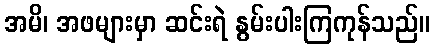
အမိ၊ အဖများမှာ ဆင်းရဲ နွမ်းပါးကြကုန်သည်။